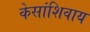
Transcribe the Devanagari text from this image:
केसांशिवाय